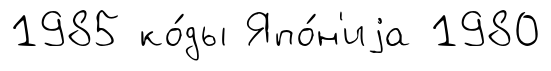
1985 ко́ды Япо́н'иjа 1980